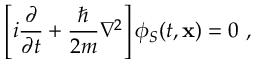
\left[ i { \frac { \partial } { \partial t } } + \frac { \hbar } { 2 m } \nabla ^ { 2 } \right] \phi _ { S } ( t , \mathbf { x } ) = 0 \ ,